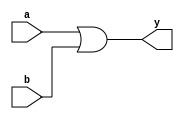
`timescale 1ns / 1ps
//////////////////////////////////////////////////////////////////////////////////
// Module Name: xup_or2
//////////////////////////////////////////////////////////////////////////////////
module xup_or2 #(parameter DELAY = 3)(
    input a,
    input b,
    output y
    );
    
    or #DELAY (y,a,b);
    
endmodule